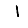
Digit: 1